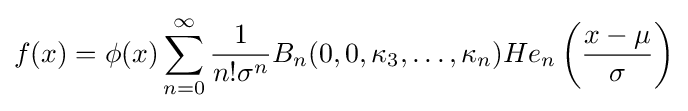
f(x)=\phi (x)\sum _{n=0}^{\infty }{\frac {1}{n!\sigma ^{n}}}B_{n}(0,0,\kappa _{3},\ldots ,\kappa _{n})He_{n}\left({\frac {x-\mu }{\sigma }}\right)